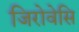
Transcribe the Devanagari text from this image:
जिरोवेसि